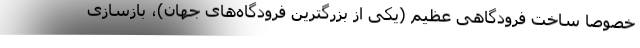
خصوصاً ساخت فرودگاهی عظیم (یکی از بزرگترین فرودگاه‌های جهان)، بازسازی